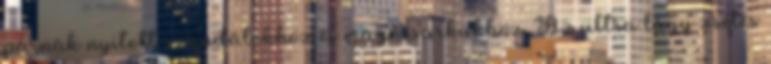
párnák nyitott szandálokhoz és magassarkúkhoz. Az ultra lágy zselés